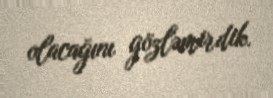
olacağını gözləmirdik.